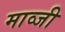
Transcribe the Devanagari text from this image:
माव्जी